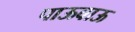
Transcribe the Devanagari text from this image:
पाऊवाऊ